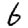
Digit: 6